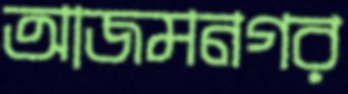
আজমনগর